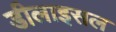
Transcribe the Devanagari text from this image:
डीलाइसल